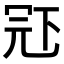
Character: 𠖈